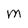
Character: M